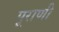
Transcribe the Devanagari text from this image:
पूराणी